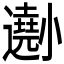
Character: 𡮾